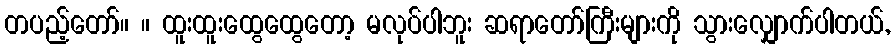
တပည့်တော်။ ။ ထူးထူးထွေထွေတော့ မလုပ်ပါဘူး ဆရာတော်ကြီးများကို သွားလျှောက်ပါတယ်,